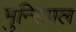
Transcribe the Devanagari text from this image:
मुन्सिपल